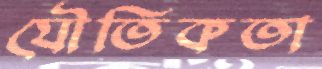
যৌতিকতা